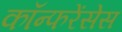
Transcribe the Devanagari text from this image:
कॉन्फरेंसेस